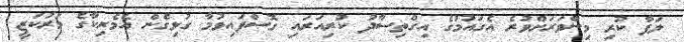
ލަފާ ކުރި މިންވަރަށްވުރެ އެގައުމުގެ އިގްތިސާދު ކުރިއަރައި ގޮސްފައިވުމާ ގުޅިގެން އެމެރިކާގެ މަރުކަޒީ